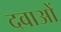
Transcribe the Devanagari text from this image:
दवाअों